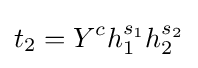
t_{2}=Y^{c}h_{1}^{s_{1}}h_{2}^{s_{2}}